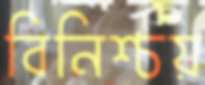
বিনিশ্চয়